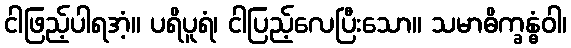
ငါဖြည့်ပါရအံ့။ ပရိပူရံ၊ ငါပြည့်လေပြီးသော။ သမာဓိက္ခန္ဓံဝါ၊